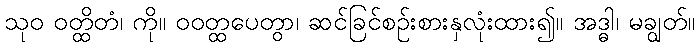
သုဝ ဝတ္ထိတံ၊ ကို။ ဝဝတ္ထပေတွာ၊ ဆင်ခြင်စဉ်းစားနှလုံးထား၍။ အဒ္ဓါ၊ မချွတ်။